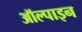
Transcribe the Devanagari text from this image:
ऑल्पाइन